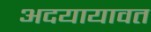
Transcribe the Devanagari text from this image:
अदयायावत